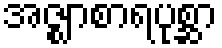
အဇ္ဈာစာရပုစ္ဆာ